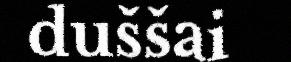
duššai